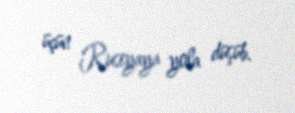
üçün Rusiyaya yola düşüb.